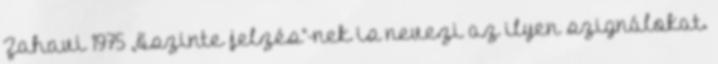
Zahavi 1975 „őszinte jelzés”-nek is nevezi az ilyen szignálokat.